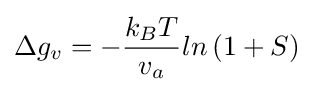
\Delta g_{v}=-{\frac {k_{B}T}{v_{a}}}ln\left(1+S\right)